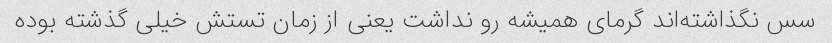
سس نگذاشته‌اند گرمای همیشه رو نداشت یعنی از زمان تستش خیلی گذشته بوده